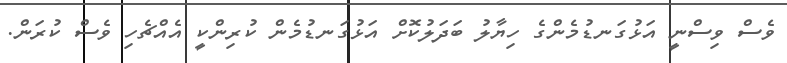
ވެސް ވިސްނީ އަޅުގަނޑުމެންގެ ހިޔާލު ބަދަލުކޮށް އަޅުގަނޑުމެން ކުރިންކީ އެއްޗެހި ވެސް ކުރަން.